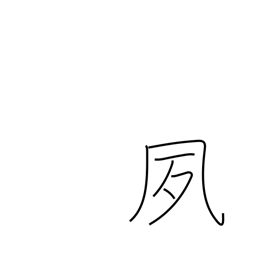
Meaning: bright and early